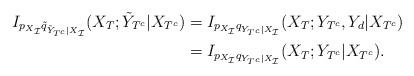
LaTeX: \begin{align*} I_{p_{X_{\mathcal{I}}}\tilde q_{\tilde Y_{T^c}|X_\mathcal{I}}}(X_T; \tilde Y_{T^c}|X_{T^c}) &\stackrel{}{=} I_{p_{X_{\mathcal{I}}}q_{Y_{T^c}|X_\mathcal{I}}}(X_T; Y_{T^c}, Y_d|X_{T^c}) \\ & \stackrel{}{=}I_{p_{X_{\mathcal{I}}}q_{Y_{T^c}|X_\mathcal{I}}}(X_T; Y_{T^c}|X_{T^c}). \end{align*}